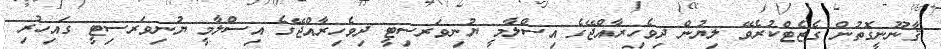
ޤާނޫނީގޮތުން ގެޒެޓްކުރެވޭ ލިޔުން ދިވެހިރާއްޖޭގެ އިސްލާމީ ޔުނިވަރސިޓީ ދިވެހިރާއްޖޭގެ އިސްލާމީ ޔުނިވަރސިޓީ ގައިހުރި